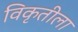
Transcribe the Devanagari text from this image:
विकृतीला